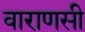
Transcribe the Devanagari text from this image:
वाराणसी